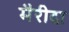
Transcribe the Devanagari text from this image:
मैरीदा